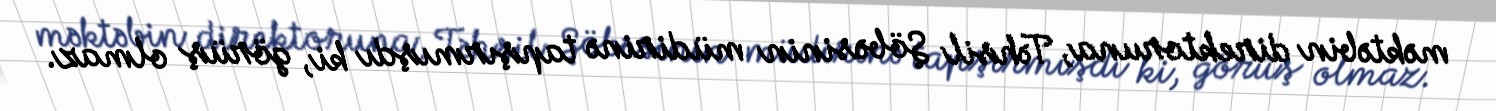
məktəbin direktoruna, Təhsil Şöbəsinin müdirinə tapşırmışdı ki, görüş olmaz.